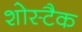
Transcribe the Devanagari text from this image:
शोस्टैक